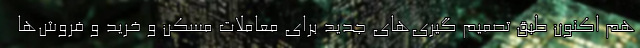
هم اکنون طبق تصمیم گیری‌های جدید برای معاملات مسکن و خرید و فروش‌ها